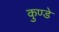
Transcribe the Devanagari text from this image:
कुण्डे